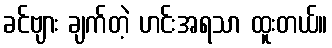
ခင်ဗျား ချက်တဲ့ ဟင်းအရသာ ထူးတယ်။